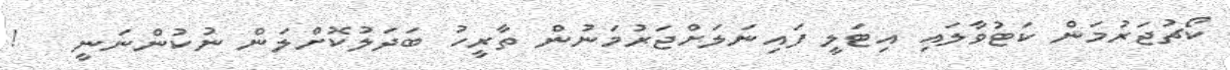
ކޯޗުޖަރުމަން ކަޓުވާލައި އިޓަލީ ފައިނަލަށްޖަރުމަނުން ތާރީހު ބަދަލުކޮށްލަން ނުކުންނަނީ   !